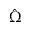
\hat { \Omega }